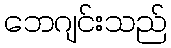
ဘေဂျင်းသည်